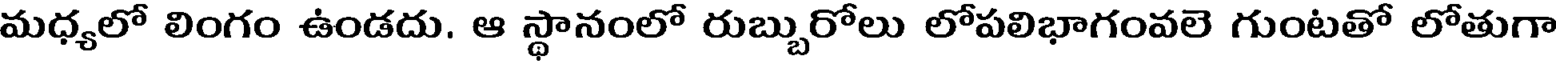
మధ్యలో లింగం ఉండదు. ఆ స్థానంలో రుబ్బురోలు లోపలిభాగంవలె గుంటతో లోతుగా